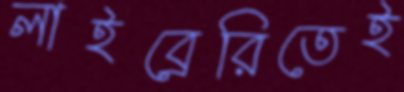
লাইব্রেরিতেই